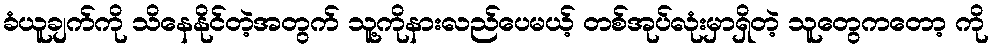
ခံယူချက်ကို သိနေနိုင်တဲ့အတွက် သူ့ကိုနားလည်ပေမယ့် တစ်အုပ်လုံးမှာရှိတဲ့ သူတွေကတော့ ကို